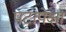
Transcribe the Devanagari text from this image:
पटापेक्षा